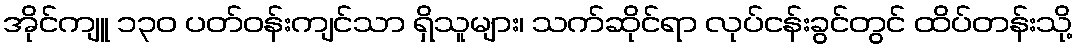
အိုင်ကျူ ၁၃၀ ပတ်ဝန်းကျင်သာ ရှိသူများ၊ သက်ဆိုင်ရာ လုပ်ငန်းခွင်တွင် ထိပ်တန်းသို့